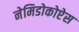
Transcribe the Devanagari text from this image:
नेमिडोकोप्टेस